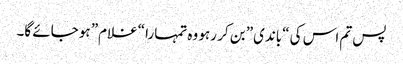
پس تم اس کی “باندی” بن کر رہو وہ تمہارا “غلام” ہو جائے گا۔